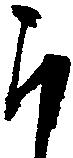
ら